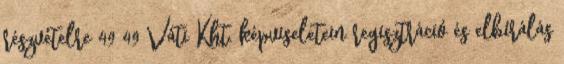
részvételre 49 49 Váti Kht. képviseletein regisztráció és elbírálás